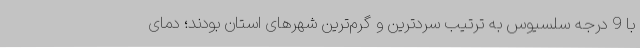
با 9 درجه سلسیوس به ترتیب سردترین و گرم‌ترین شهرهای استان بودند؛ دمای